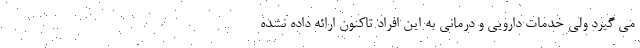
می گیرد ولی خدمات دارویی و درمانی به این افراد تاکنون ارائه داده نشده